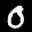
Label: 0